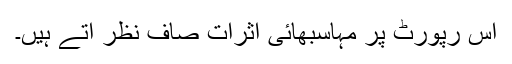
اس رپورٹ پر مہاسبھائی اثرات صاف نظر آتے ہیں۔